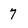
Character: 7